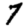
Digit: 7